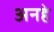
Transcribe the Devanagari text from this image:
अनहे